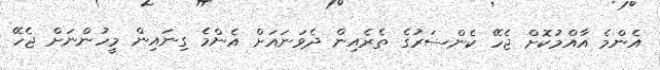
އެންމެ އާއްމުކޮށް ޖެހޭ ކެންސަރުގެ ތެރެއިން ދެވަނައަށް އެންމެ ގިނައިން މީހުންނަށް ޖެހޭ